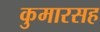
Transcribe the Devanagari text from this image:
कुमारसह